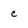
Character: c